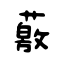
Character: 薂